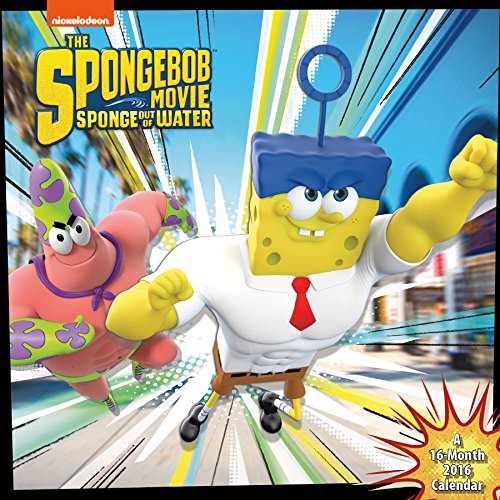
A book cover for SpongeBob Movie 2016 Wall Calendar; Trends International; Calendars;